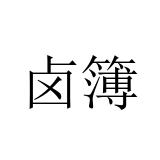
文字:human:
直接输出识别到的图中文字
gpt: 卤簿